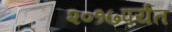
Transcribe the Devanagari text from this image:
२०१७पर्यंत